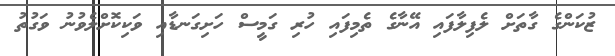
ޒުކަންގެ ގާތަށް ލެފިލާފައި އޭނާގެ ތެމިފައި ހުރި ގަމީސް ހަށިގަނޑާއި ވަކިކޮށްލެވުނު ވަގުތު